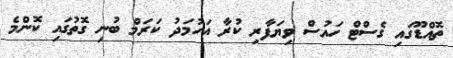
ތޮއްޑޫގައި ގެސްޓް ހައުސް ވިޔަފާރި ކުރާ އަހުމަދު ކަރަމް ބުނި ގޮތުގައި ކޮންމެ